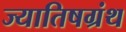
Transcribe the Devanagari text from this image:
ज्यातिषग्रंथ